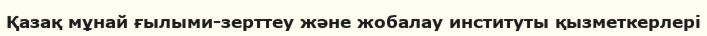
Қазақ мұнай ғылыми-зерттеу және жобалау институты қызметкерлері